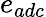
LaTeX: e_{adc}